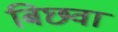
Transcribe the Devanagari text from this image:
बिछवा